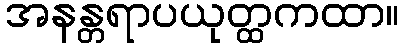
အနန္တရာပယုတ္ထကထာ။